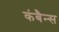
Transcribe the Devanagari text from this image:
कंबैन्स